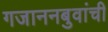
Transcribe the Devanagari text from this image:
गजाननबुवांची